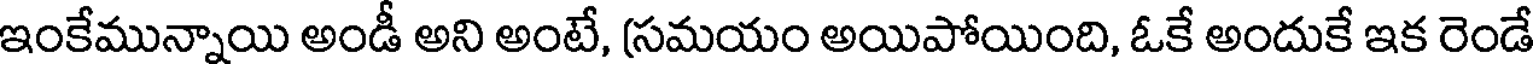
ఇంకేమున్నాయి అండీ అని అంటే, (సమయం అయిపోయింది, ఓకే అందుకే ఇక రెండే